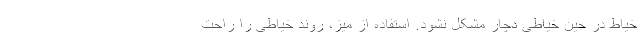
خیاط در حین خیاطی دچار مشکل نشود. استفاده از میز، روند خیاطی را راحت